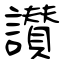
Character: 讃